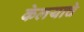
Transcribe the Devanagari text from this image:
केलयाचे